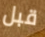
قبل